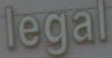
legal